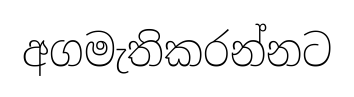
අගමැතිකරන්නට